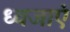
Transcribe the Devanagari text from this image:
ध्वजाएं